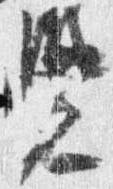
覚